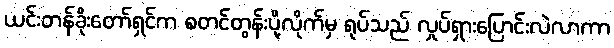
ယင်းတန်ခိုးတော်ရှင်က စတင်တွန်းပို့လိုက်မှ ရုပ်သည် လှုပ်ရှားပြောင်းလဲလာကာ